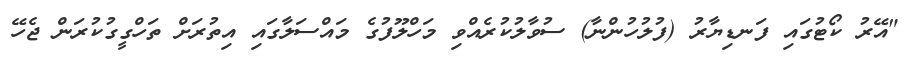
"އޭރު ކޯޓުގައި ފަނޑިޔާރު (ފުލުހުންނާ) ސުވާލުކުރެއްވި މަހްލޫފުގެ މައްސަލާގައި އިތުރަށް ތަހްގީގުކުރަން ޖެހޭ